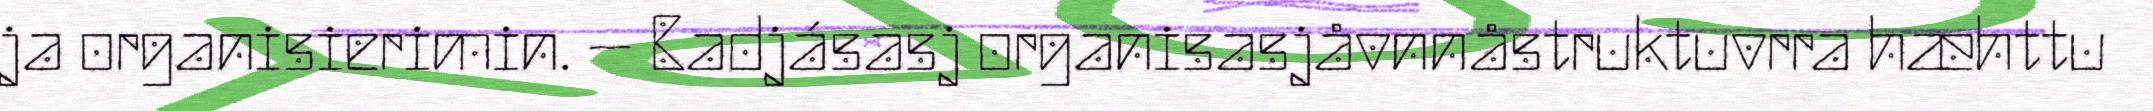
ja organisierimin. – Badjásasj organisasjåvnnåstruktuvrra hæhttu